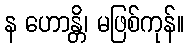
န ဟောန္တိ၊ မဖြစ်ကုန်။